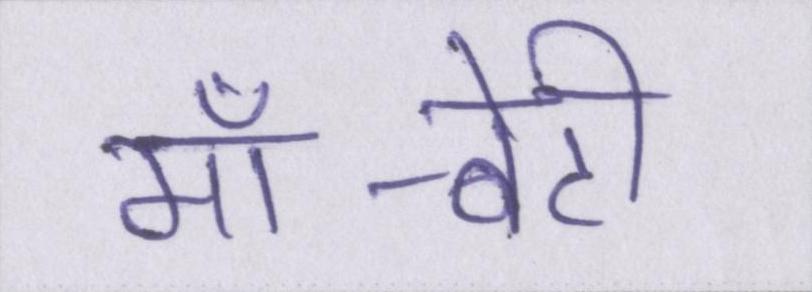
माँ-बेटी